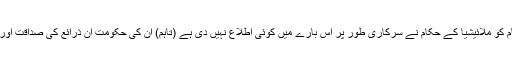
میانمار کے صدر کے ترجمان نے وائس آف امریکہ کو بتایا کہ میانمار کے حکام کو ملائیشیا کے حکام نے سرکاری طور پر اس بارے میں کوئی اطلاع نہیں دی ہے (تاہم) ان کی حکومت ان ذرائع کی صداقت اور ان کے قابل اعتبار ہونے کے معاملے کی تحقیقات اور ان کا تجزیہ کر رہی ہے۔